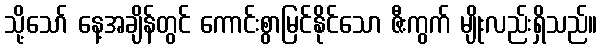
သို့သော် နေ့အချိန်တွင် ကောင်းစွာမြင်နိုင်သော ဇီးကွက် မျိုးလည်းရှိသည်။